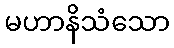
မဟာနိသံသော